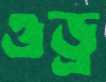
ওড্র